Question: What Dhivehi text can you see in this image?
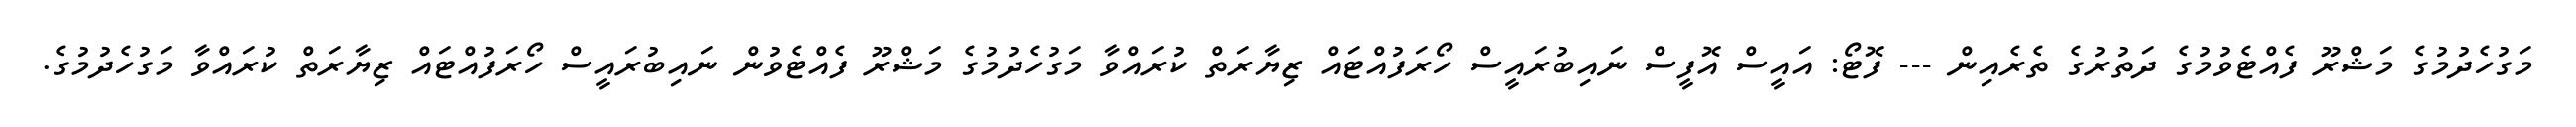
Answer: މަގުހެދުމުގެ މަޝްރޫ ފެއްޓެވުމުގެ ދަތުރުގެ ތެރެއިން --- ފޮޓޯ: އައީސް އޮފީސް ނައިބުރައީސް ހޯރަފުއްޓައް ޒިޔާރަތް ކުރައްވާ މަގުހެދުމުގެ މަޝްރޫ ފެއްޓެވުން ނައިބުރައީސް ހޯރަފުއްޓައް ޒިޔާރަތް ކުރައްވާ މަގުހެދުމުގެ.